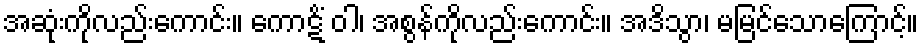
အဆုံးကိုလည်းကောင်း။ ကောဋိံ ဝါ၊ အစွန်ကိုလည်းကောင်း။ အဒိသွာ၊ မမြင်သောကြောင့်။